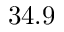
3 4 . 9